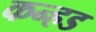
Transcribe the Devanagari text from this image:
कन्हड